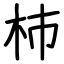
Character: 杮